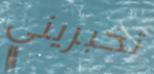
تخبريني